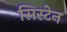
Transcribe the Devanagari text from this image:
सिस्टेन